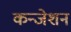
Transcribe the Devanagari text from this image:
कन्जेशन